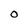
Character: O